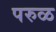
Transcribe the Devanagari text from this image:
परुळ